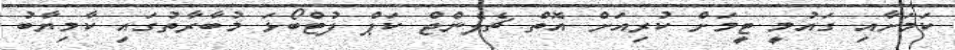
ކަމަށާއި ގައުމީ ޓީމަށް ކުރިއަށް އޮތް ޗެލެންޖް ކަޕް ފުޓްބޯޅަ މުބާރާތުގައި ކާމިޔާބު